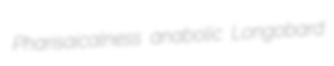
Pharisaicalness anabolic Longobard